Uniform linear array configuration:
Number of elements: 12
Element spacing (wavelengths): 0.5
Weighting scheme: kaiser
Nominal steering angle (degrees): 0
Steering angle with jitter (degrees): -0.6301
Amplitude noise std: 0.05
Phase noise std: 0.05

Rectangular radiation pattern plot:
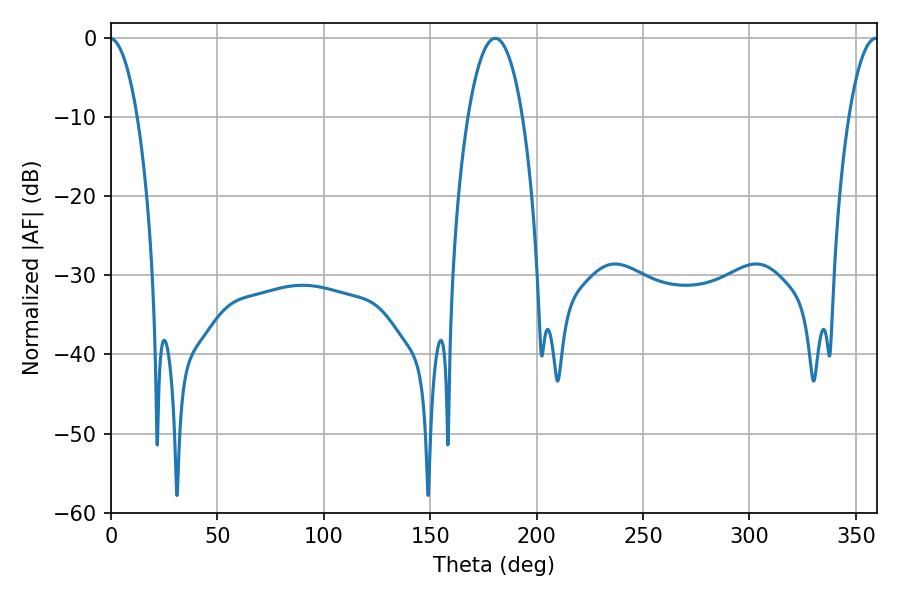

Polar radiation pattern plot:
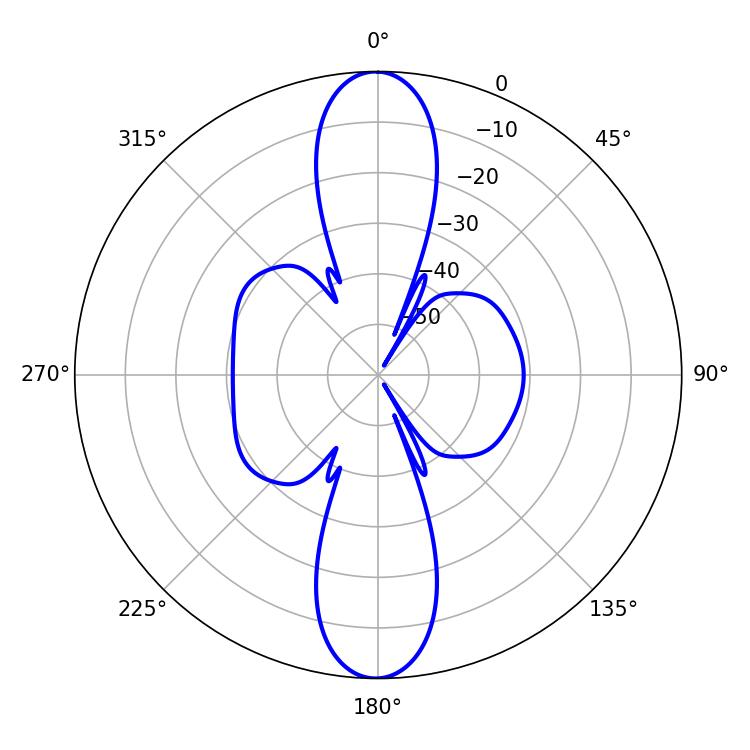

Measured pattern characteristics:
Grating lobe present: FALSE
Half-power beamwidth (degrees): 14.4
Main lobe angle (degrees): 180.54